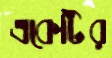
একেটির